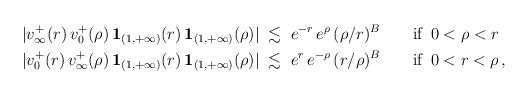
LaTeX: \begin{align*} |v^+_\infty(r) \,v^+_0(\rho)\,\mathbf{1}_{(1,+\infty)}(r)\,\mathbf{1}_{(1,+\infty)}(\rho)|\;&\lesssim\; e^{-r} \,e^\rho \, (\rho/r)^B\qquad\textrm{if }\,0<\rho<r \\ |v^+_0(r)\, v^+_\infty(\rho)\,\mathbf{1}_{(1,+\infty)}(r)\,\mathbf{1}_{(1,+\infty)}(\rho)|\;&\lesssim\; e^r\,e^{-\rho}\, (r/\rho)^B \qquad\textrm{if }\,0<r<\rho\,, \end{align*}